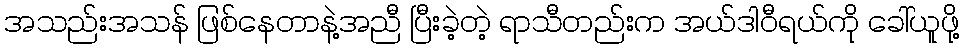
အသည်းအသန် ဖြစ်နေတာနဲ့အညီ ပြီးခဲ့တဲ့ ရာသီတည်းက အယ်ဒါဝီရယ်ကို ခေါ်ယူဖို့